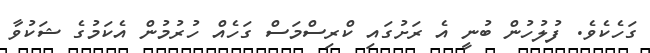
ގަހެކެވެ. ފުލުހުން ބުނީ އެ ރަށުގައި ކްރިސްމަސް ގަހެއް ހުރުމުން އެކަމުގެ ޝަކުވާ